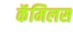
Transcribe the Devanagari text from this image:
कॅमिलस